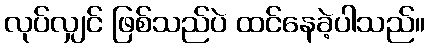
လုပ်လျှင် ဖြစ်သည်ပဲ ထင်နေခဲ့ပါသည်။